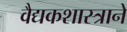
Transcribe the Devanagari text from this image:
वैद्यकशास्त्राने